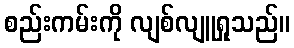
စည်းကမ်းကို လျစ်လျူရှုသည်။